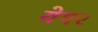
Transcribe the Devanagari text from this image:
येगर